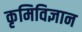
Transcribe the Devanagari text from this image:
कृमिविज्ञान